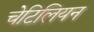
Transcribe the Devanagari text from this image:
चेटिलियन